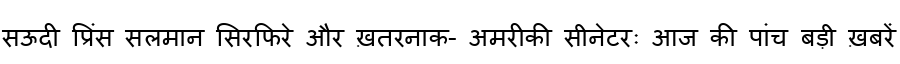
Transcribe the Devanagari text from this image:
सऊदी प्रिंस सलमान सिरफिरे और ख़तरनाक- अमरीकी सीनेटरः आज की पांच बड़ी ख़बरें